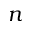
n